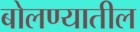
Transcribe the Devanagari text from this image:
बोलण्यातील